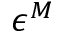
\epsilon ^ { M }